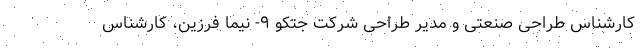
کارشناس طراحی صنعتی و مدیر طراحی شرکت جتکو ۹- نیما فرزین، کارشناس